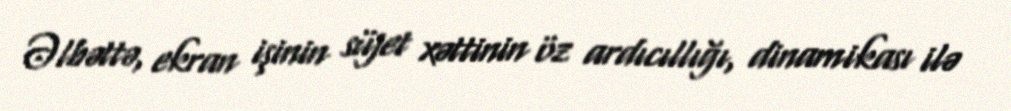
Əlbəttə, ekran işinin süjet xəttinin öz ardıcıllığı, dinamikası ilə